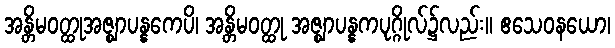
အန္တိမဝတ္ထုအဇ္ဈာပန္နကေပိ၊ အန္တိမဝတ္ထု အဇ္ဈာပန္နကပုဂ္ဂိုလ်၌လည်း။ ဧသေဝနယော၊